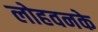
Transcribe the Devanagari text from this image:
लोहवनके